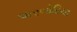
અરબોરિયા